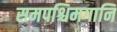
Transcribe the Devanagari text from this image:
समपश्चिमगानि